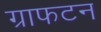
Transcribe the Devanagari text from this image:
ग्राफटन